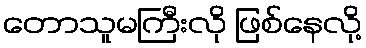
တောသူမကြီးလို ဖြစ်နေလို့